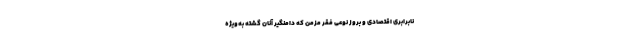
نابرابری اقتصادی و بروز نوعی فقر مزمن که دامنگیر آنان گشته به‌ویژه